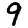
Digit: 9